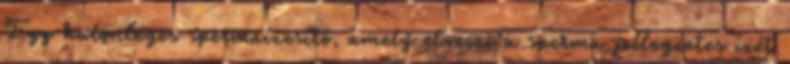
Egy különleges spermaízesítő, amely elveszi a sperma jellegzetes ízét